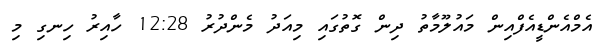
އެމްއެންޑީއެފްއިން މައުލޫމާތު ދިން ގޮތުގައި މިއަދު މެންދުރު 12:28 ހާއިރު ހިނގި މި